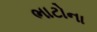
ભાટોના